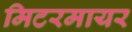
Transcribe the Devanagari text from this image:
मिटरमायर